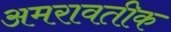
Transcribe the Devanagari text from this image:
अमरावतीक